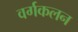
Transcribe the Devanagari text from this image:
वर्गकलन